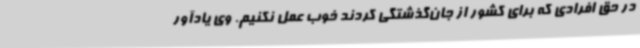
در حق افرادی که برای کشور از جان‌گذشتگی کردند خوب عمل نکنیم. وی یادآور